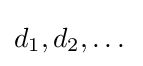
d_{1},d_{2},\dots